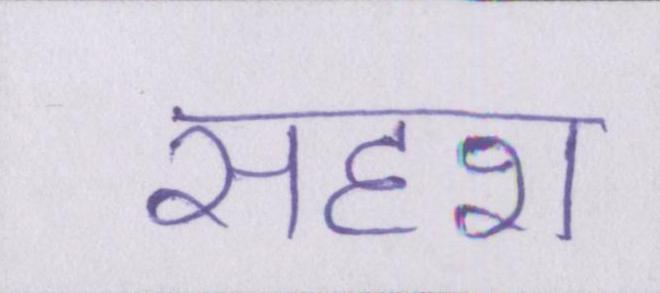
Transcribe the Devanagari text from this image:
सदृश